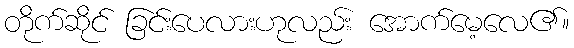
တိုက်ဆိုင် ခြင်းပေလားဟုလည်း အောက်မေ့လေ၏။